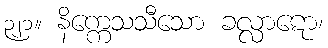
၃၂၁။ နိက္ကေသသီသော ခလ္လာဋော၊